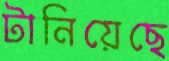
টানিয়েছে